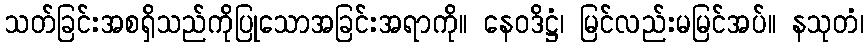
သတ်ခြင်းအစရှိသည်ကိုပြုသောအခြင်းအရာကို။ နေဝဒိဋ္ဌံ၊ မြင်လည်းမမြင်အပ်။ နသုတံ၊